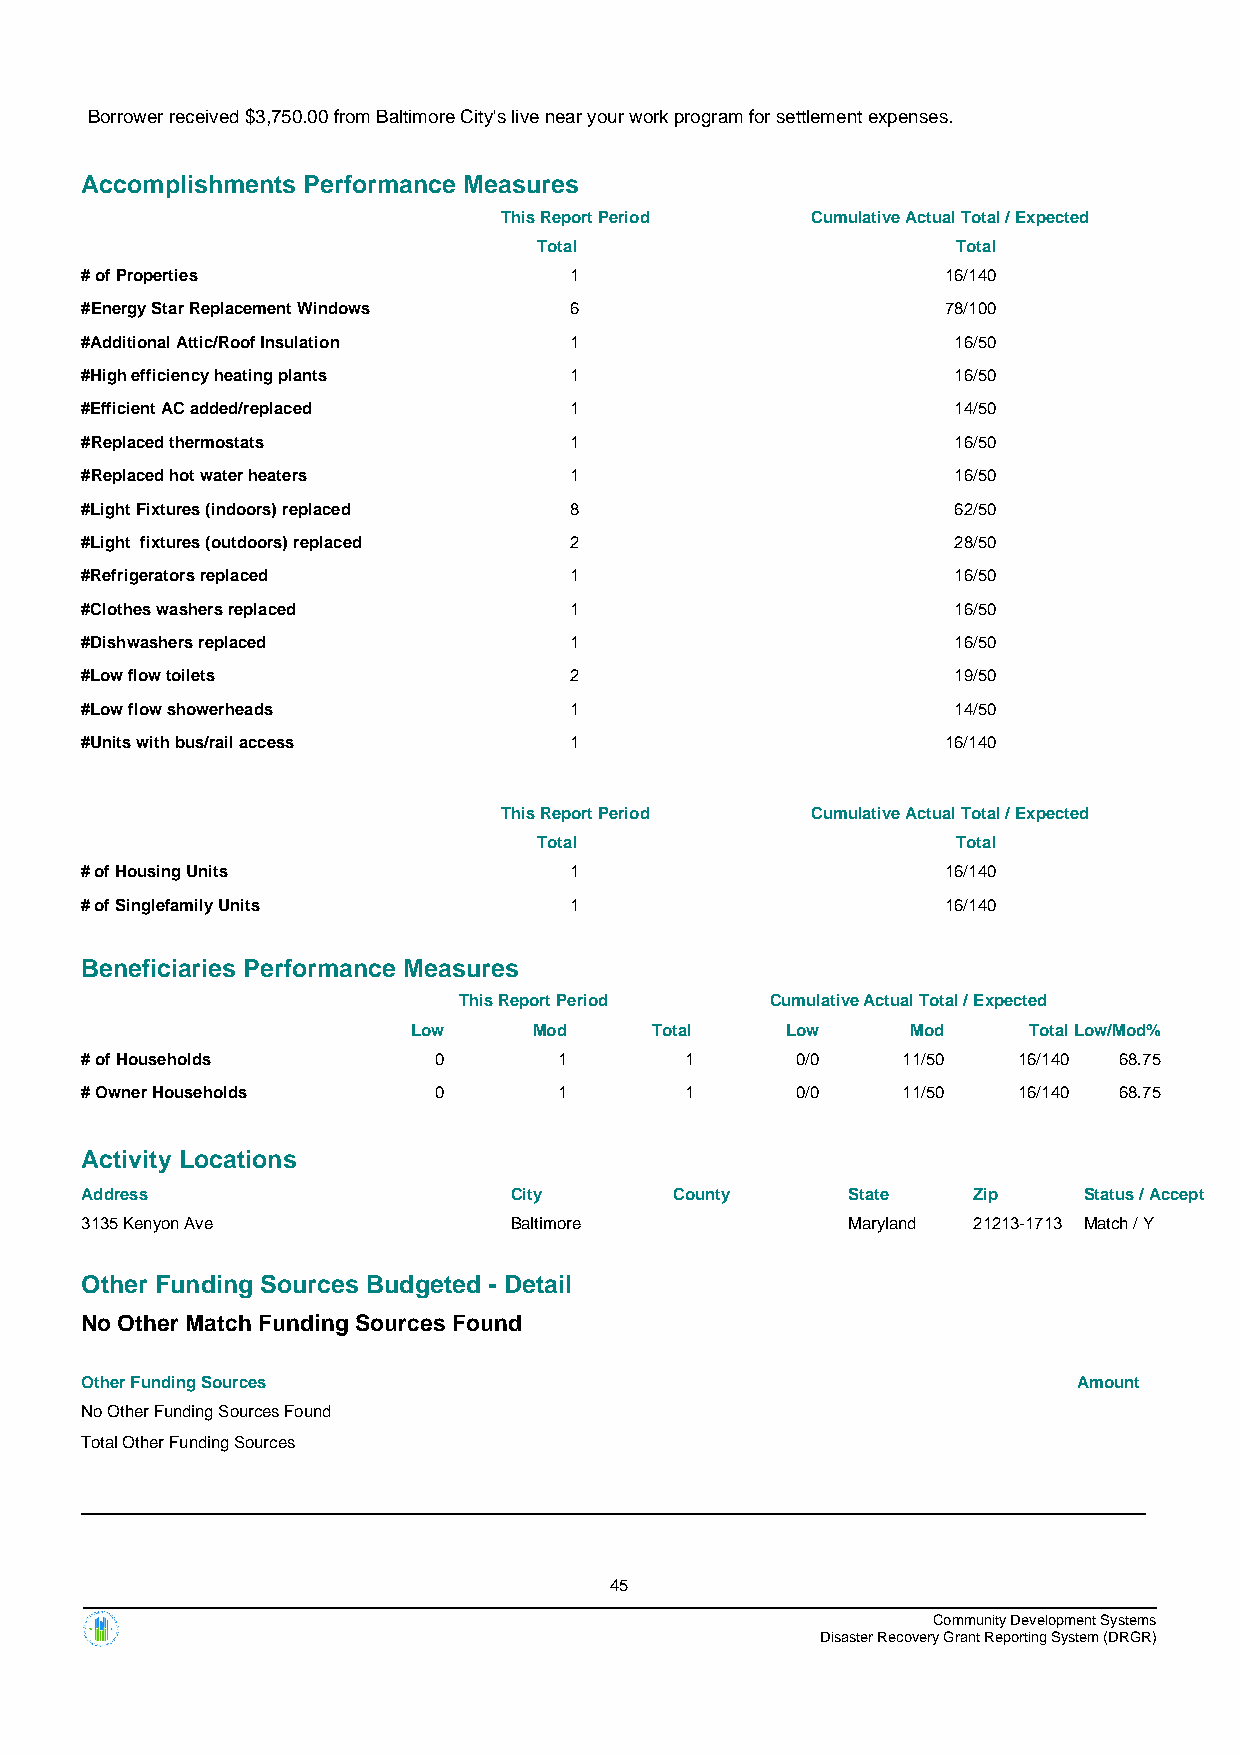
Borrower received $3,750.00 from Baltimore City's live near your work program for settlement expenses.
 Accomplishments Performance Measures
 This Report Period   Cumulative Actual Total / Expected
 Total                      Total
 # of Properties                  1                        16/140
 #Energy Star Replacement Windows 6                        78/100
 #Additional Attic/Roof Insulation 1                       16/50
 #High efficiency heating plants  1                        16/50
 #Efficient AC added/replaced     1                        14/50
 #Replaced thermostats            1                        16/50
 #Replaced hot water heaters      1                        16/50
 #Light Fixtures (indoors) replaced 8                      62/50
 #Light fixtures (outdoors) replaced 2                     28/50
 #Refrigerators replaced          1                        16/50
 #Clothes washers replaced        1                        16/50
 #Dishwashers replaced            1                        16/50
 #Low flow toilets                2                        19/50
 #Low flow showerheads            1                        14/50
 #Units with bus/rail access      1                        16/140
 This Report Period   Cumulative Actual Total / Expected
 Total                      Total
 # of Housing Units               1                        16/140
 # of Singlefamily Units          1                        16/140
 Beneficiaries Performance Measures
 This Report Period   Cumulative Actual Total / Expected
 Low     Mod     Total    Low     Mod     TotalLow/Mod%
 # of Households         0       1       1       0/0    11/50  16/140 68.75
 # Owner Households      0       1       1       0/0    11/50  16/140 68.75
 Activity Locations
 Address                      City       County     State   Zip     Status / Accept
 3135 Kenyon Ave              Baltimore             Maryland 21213-1713 Match / Y
 Other Funding Sources Budgeted - Detail
 No Other Match Funding Sources Found
 Other Funding Sources                                             Amount
 No Other Funding Sources Found
 Total Other Funding Sources
 45
 Community Development Systems
 Disaster Recovery Grant Reporting System (DRGR)